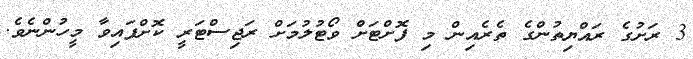
3 ރަށުގެ ރައްޔިތުންގެ ތެރެއިން މި ފޮށްޓަށް ވޯޓުލުމަށް ރަޖިސްޓަރީ ކޮށްފައިވާ މީހުންނެވެ.